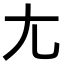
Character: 尢